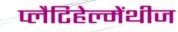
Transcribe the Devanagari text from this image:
प्लैटिहेल्मेंथीज